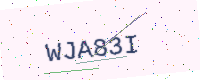
Text: WJA83I